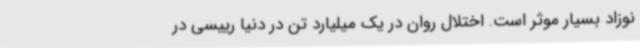
نوزاد بسیار موثر است. اختلال روان در یک میلیارد تن در دنیا رییسی در